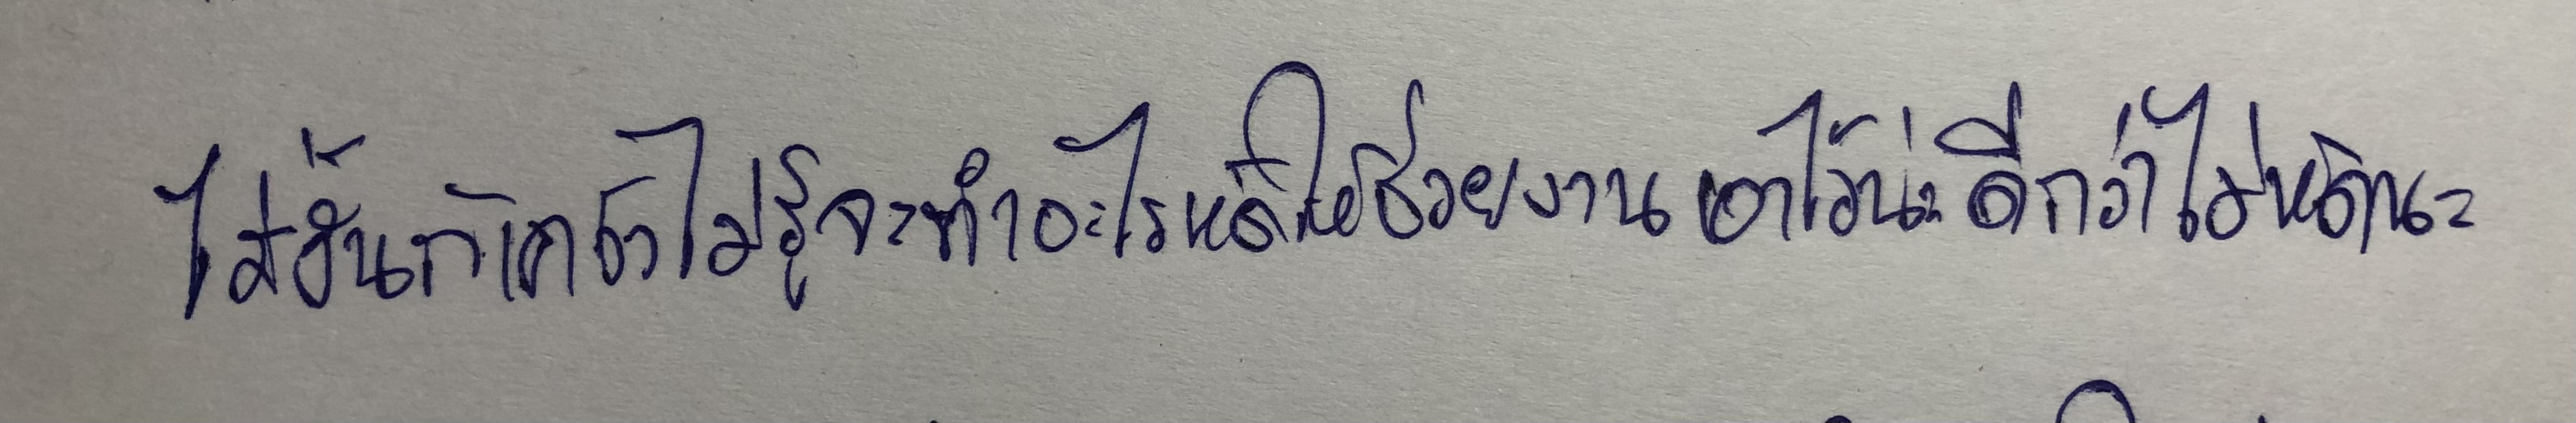
ไม่งั้นก็เคว้งไม่รู้จะทำอะไรหัดให้ช่วยงานเอาไว้น่ะดีกว่าไม่หัดนะ"